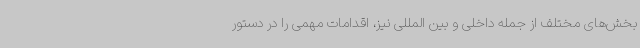
بخش‌های مختلف از جمله داخلی و بین المللی نیز، اقدامات مهمی را در دستور